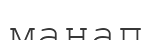
манап